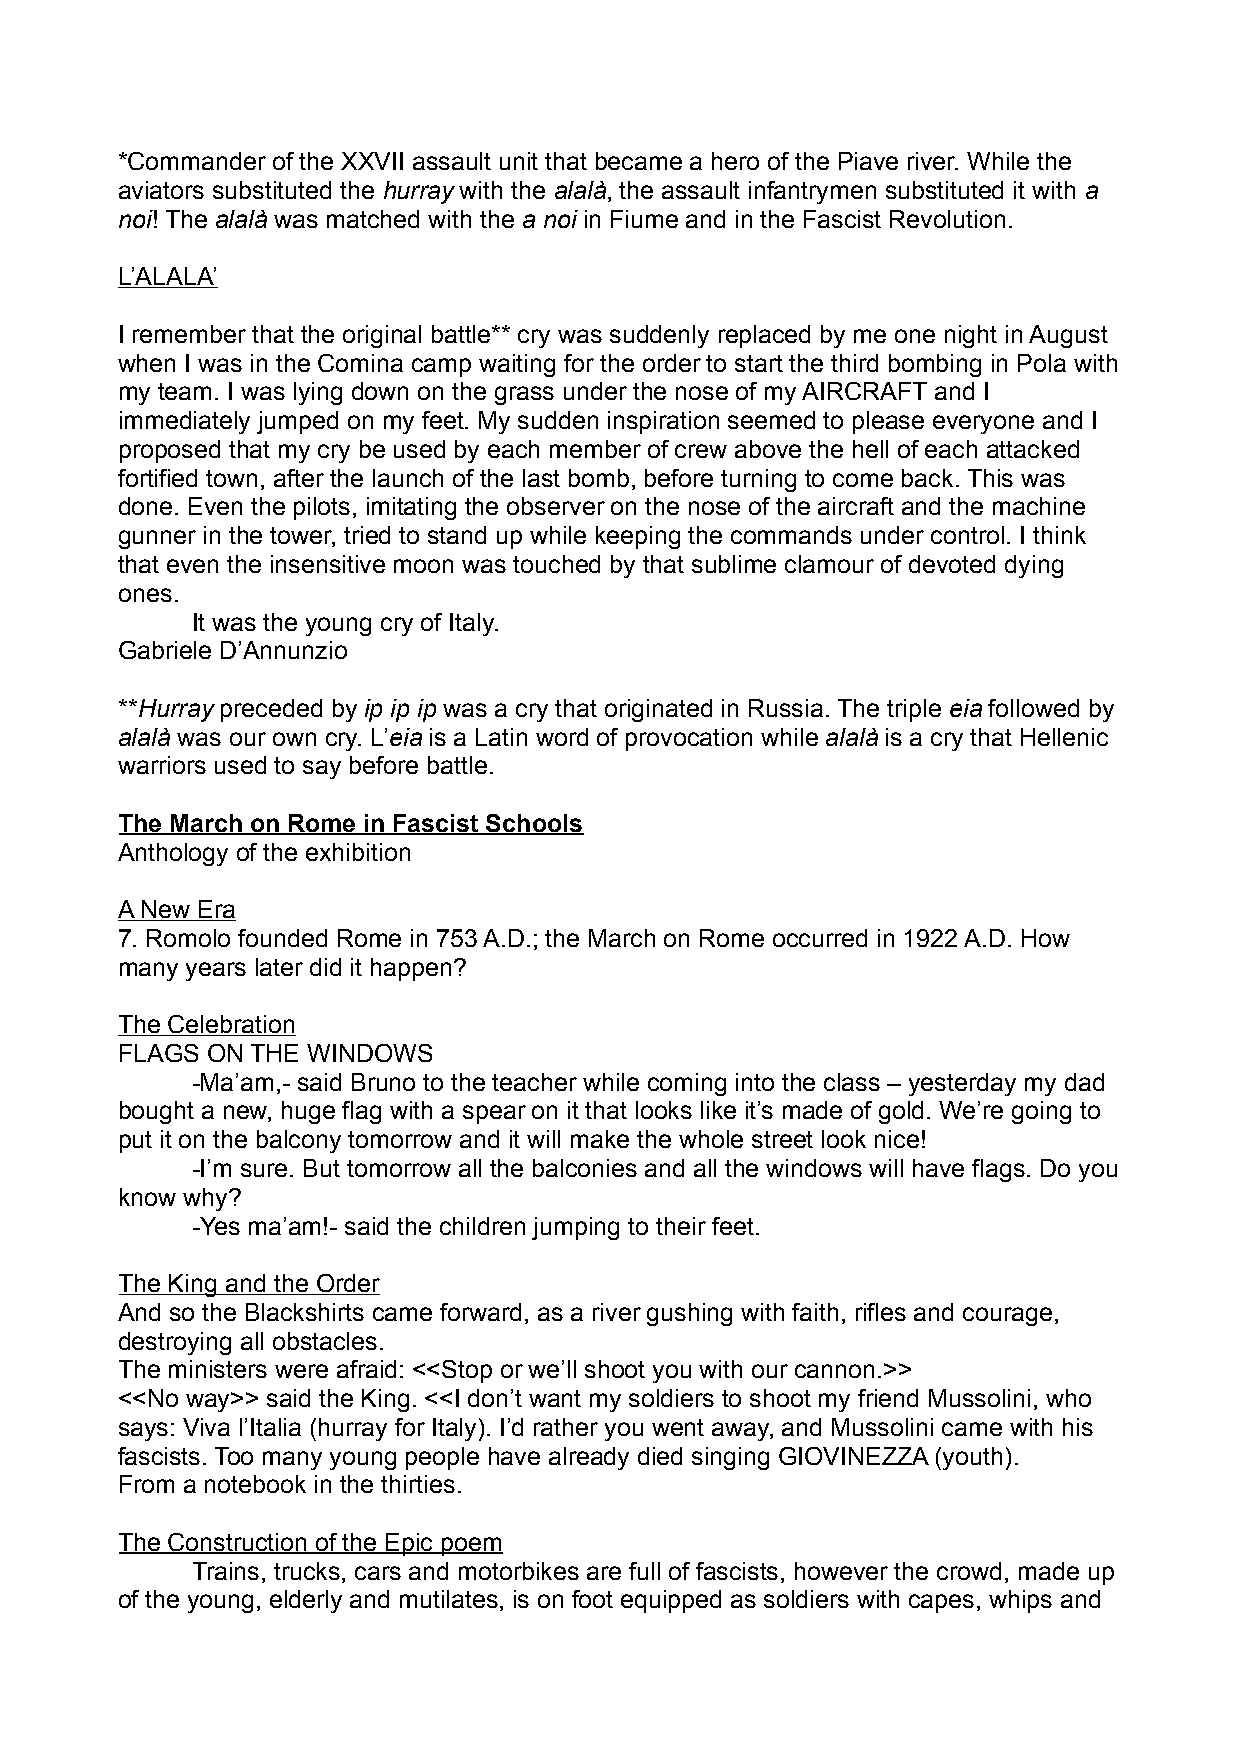
*Commander of the XXVII assault unit that became a hero of the Piave river. While the
 aviators substituted the hurray with the alalà, the assault infantrymen substituted it with a
 noi! The alalà was matched with the a noi in Fiume and in the Fascist Revolution.
 L’ALALA’
 I remember that the original battle** cry was suddenly replaced by me one night in August
 when I was in the Comina camp waiting for the order to start the third bombing in Pola with
 my team. I was lying down on the grass under the nose of my AIRCRAFT and I
 immediately jumped on my feet. My sudden inspiration seemed to please everyone and I
 proposed that my cry be used by each member of crew above the hell of each attacked
 fortified town, after the launch of the last bomb, before turning to come back. This was
 done. Even the pilots, imitating the observer on the nose of the aircraft and the machine
 gunner in the tower, tried to stand up while keeping the commands under control. I think
 that even the insensitive moon was touched by that sublime clamour of devoted dying
 ones.
 It was the young cry of Italy.
 Gabriele D’Annunzio
 **Hurray preceded by ip ip ip was a cry that originated in Russia. The triple eia followed by
 alalà was our own cry. L’eia is a Latin word of provocation while alalà is a cry that Hellenic
 warriors used to say before battle.
 The March on Rome in Fascist Schools
 Anthology of the exhibition
 A New Era
 7. Romolo founded Rome in 753 A.D.; the March on Rome occurred in 1922 A.D. How
 many years later did it happen?
 The Celebration
 FLAGS ON THE WINDOWS
 -Ma’am,- said Bruno to the teacher while coming into the class – yesterday my dad
 bought a new, huge flag with a spear on it that looks like it’s made of gold. We’re going to
 put it on the balcony tomorrow and it will make the whole street look nice!
 -I’m sure. But tomorrow all the balconies and all the windows will have flags. Do you
 know why?
 -Yes ma’am!- said the children jumping to their feet.
 The King and the Order
 And so the Blackshirts came forward, as a river gushing with faith, rifles and courage,
 destroying all obstacles.
 The ministers were afraid: <<Stop or we’ll shoot you with our cannon.>>
 <<No way>> said the King. <<I don’t want my soldiers to shoot my friend Mussolini, who
 says: Viva l’Italia (hurray for Italy). I’d rather you went away, and Mussolini came with his
 fascists. Too many young people have already died singing GIOVINEZZA (youth).
 From a notebook in the thirties.
 The Construction of the Epic poem
 Trains, trucks, cars and motorbikes are full of fascists, however the crowd, made up
 of the young, elderly and mutilates, is on foot equipped as soldiers with capes, whips and